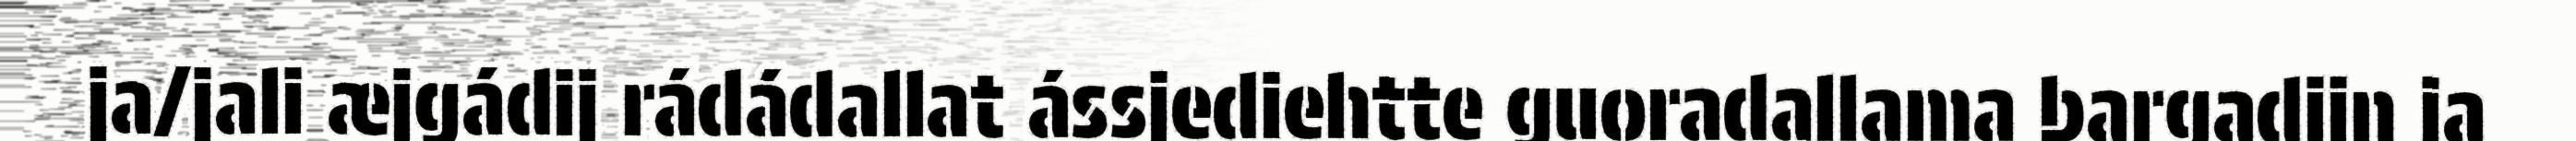
ja/jali æjgádij rádádallat ássjediehtte guoradallama bargadijn ja